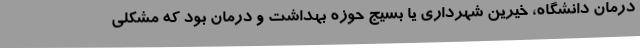
درمان دانشگاه، خیرین شهرداری یا بسیج حوزه بهداشت و درمان بود که مشکلی